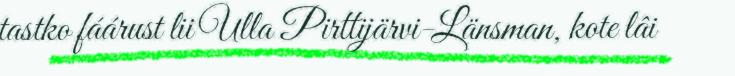
tastko fáárust lii Ulla Pirttijärvi-Länsman, kote lâi